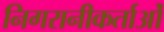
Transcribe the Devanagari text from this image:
निगरानीकर्ताओं